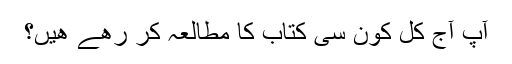
آپ آج کل کون سی کتاب کا مطالعہ کر رھے ھیں؟